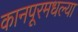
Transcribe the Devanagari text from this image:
कानपूरमधल्या